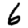
Digit: 6